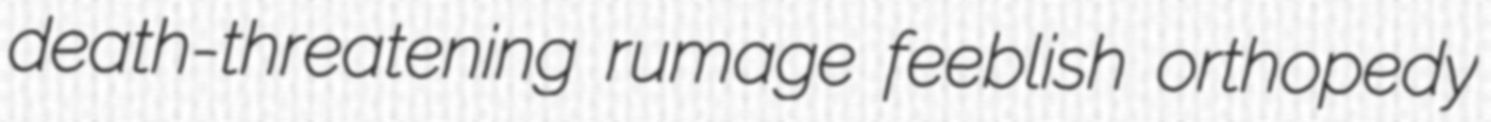
death-threatening rumage feeblish orthopedy